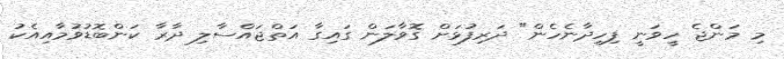
މި މަންޖެ ހީވަނީ ފިހިދާނެހެން" ދަރިފުޅަށް ގޮވާލަން ގައިގާ އަތްޖައްސާލި ދާރާ ކަންބޮޑުވުމާއިއެކު